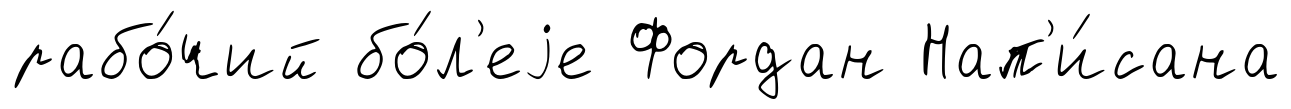
рабо́чий бо́л'еjе Фордан Нап'и́сана